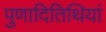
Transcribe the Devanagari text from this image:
पुणादितिथियां